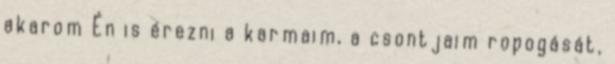
akarom Én is érezni a karmaim, a csontjaim ropogását,